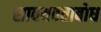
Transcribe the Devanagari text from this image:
सावयवताबोध